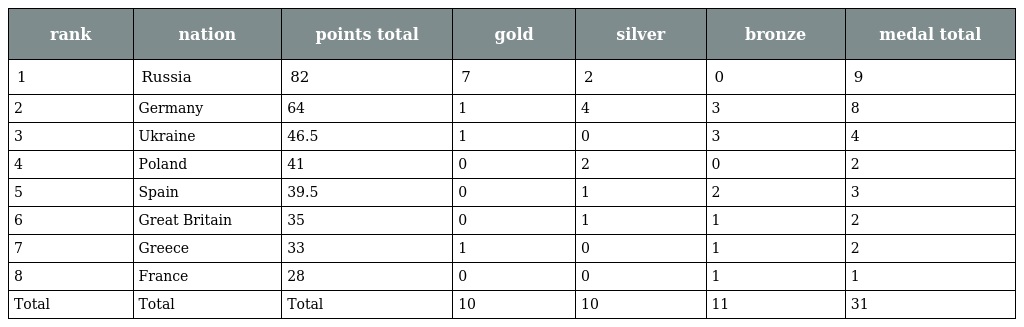
| rank | nation | points total | gold | silver | bronze | medal total |
 | --- | --- | --- | --- | --- | --- | --- |
 | 1 | Russia | 82 | 7 | 2 | 0 | 9 |
 | 2 | Germany | 64 | 1 | 4 | 3 | 8 |
 | 3 | Ukraine | 46.5 | 1 | 0 | 3 | 4 |
 | 4 | Poland | 41 | 0 | 2 | 0 | 2 |
 | 5 | Spain | 39.5 | 0 | 1 | 2 | 3 |
 | 6 | Great Britain | 35 | 0 | 1 | 1 | 2 |
 | 7 | Greece | 33 | 1 | 0 | 1 | 2 |
 | 8 | France | 28 | 0 | 0 | 1 | 1 |
 | Total | Total | Total | 10 | 10 | 11 | 31 |